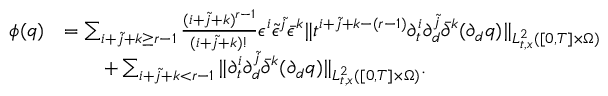
\begin{array} { r l } { \phi ( q ) } & { = \sum _ { i + \tilde { j } + k \ge r - 1 } \frac { ( i + \tilde { j } + k ) ^ { r - 1 } } { ( i + \tilde { j } + k ) ! } \epsilon ^ { i } \tilde { \epsilon } ^ { \tilde { j } } \bar { \epsilon } ^ { k } \| t ^ { i + \tilde { j } + k - ( r - 1 ) } \partial _ { t } ^ { i } \partial _ { d } ^ { \tilde { j } } \bar { \partial } ^ { k } ( \partial _ { d } q ) \| _ { L _ { t , x } ^ { 2 } ( [ 0 , T ] \times \Omega ) } } \\ & { \quad \quad + \sum _ { i + \tilde { j } + k < r - 1 } \| \partial _ { t } ^ { i } \partial _ { d } ^ { \tilde { j } } \bar { \partial } ^ { k } ( \partial _ { d } q ) \| _ { L _ { t , x } ^ { 2 } ( [ 0 , T ] \times \Omega ) } . } \end{array}